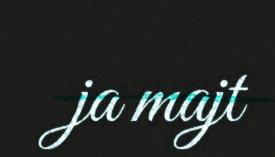
ja majt